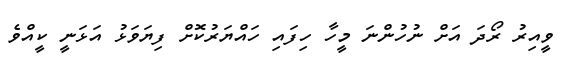
ވީއިރު ރޯދަ އަށް ނުހުންނަ މީހާ ހިފައި ހައްޔަރުކޮށް ފިޔަވަޅު އަޅަނީ ކީއްވެ